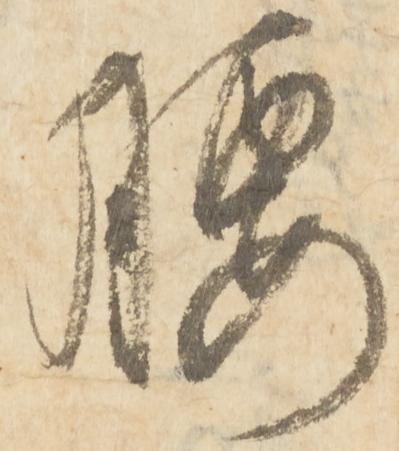
腰